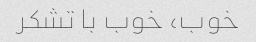
خوب، خوب با تشکر